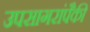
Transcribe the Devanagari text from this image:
उपसागरांपैकी